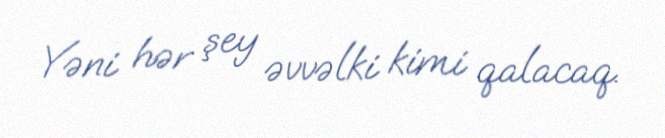
Yəni hər şey əvvəlki kimi qalacaq.